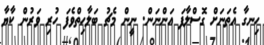
ހިނގާ އެތަނަށް ގޮސްލާފަ އަންނަން. ނީން މެޗު ބަލާހިތްވެފަ ހުރި ވަރުން ކާޔާ